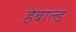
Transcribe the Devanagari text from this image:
हेबाल्ड